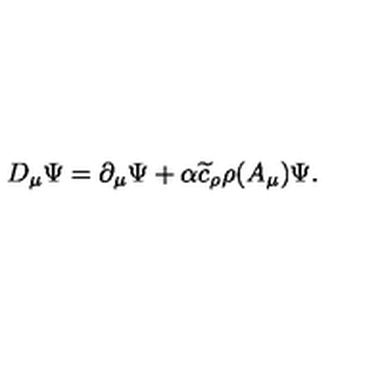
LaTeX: D _ { \mu } \Psi = \partial _ { \mu } \Psi + \alpha \widetilde { c } _ { \rho } \rho ( A _ { \mu } ) \Psi .